Report on the working of the mental hospitals for Indians in Bihar and Orissa - 1925-1929
Year: 1925
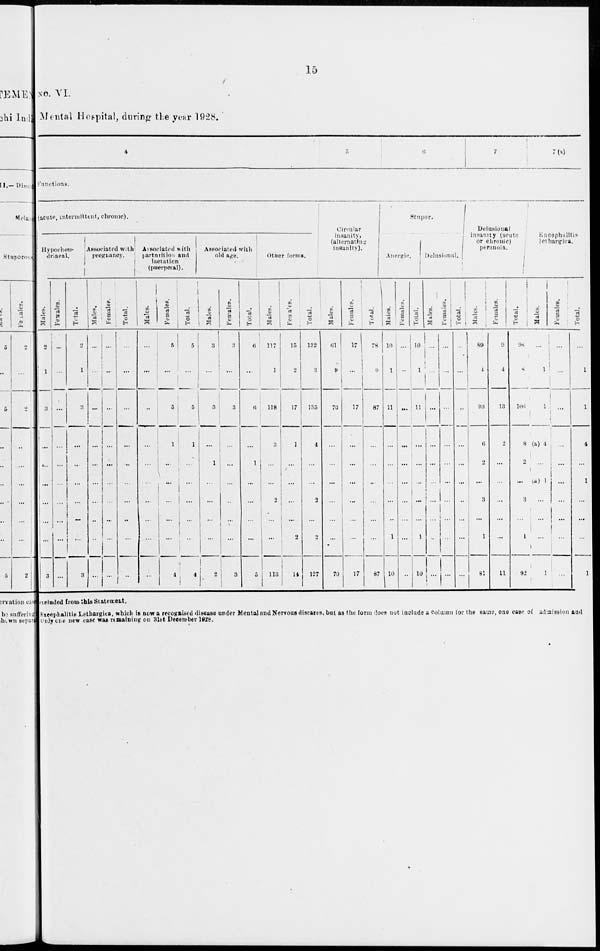
15
No. VI.
Mental Hospital, during the year 1928.
4
5
6
7
7(a)
Functions.
(acute, intermittent, chronic).
Hypochon¬
driacal.
Males.
2
1
3
...
...
...
...
...
...
3
Females.
...
...
...
...
...
...
...
...
...
...
Total.
2
1
3
...
...
...
...
...
...
3
Associated with
pregnancy.
Males.
...
...
...
...
...
...
...
...
...
...
Females.
...
...
...
...
...
...
...
...
...
...
Total.
...
...
...
...
...
...
...
...
...
...
Associated with
parturition and
lactation
(puerperal).
Males.
...
...
...
...
...
...
...
...
...
...
Females.
5
...
5
1
...
...
...
...
...
4
Total.
5
...
5
1
...
...
...
...
...
4
Associated with
old age.
Males.
3
...
3
...
1
...
...
...
...
2
Females.
3
...
3
...
...
...
...
...
...
3
Total.
6
...
6
...
1
...
...
...
...
5
Other forms.
Males.
117
1
118
3
...
...
2
...
...
113
Females.
15
2
17
1
...
...
...
...
2
14
Total.
132
3
135
4
...
...
2
...
2
127
Circular
insanity,
(alternating
insanity).
Male.
61
9
70
...
...
...
...
...
...
70
Females.
17
...
17
...
...
...
...
...
...
17
Total.
78
9
87
...
...
...
...
...
...
87
Stupor.
Anergic.
Males.
10
1
11
...
...
...
...
...
1
10
Females.
...
...
...
...
...
...
...
...
...
...
Total.
10
1
11
...
...
...
...
...
1
10
Delusional.
Males.
...
...
...
...
...
...
...
...
...
...
Females.
...
...
...
...
...
...
...
...
...
...
Total.
...
...
...
...
...
...
...
...
...
...
Delusional
insanity (acute
or chronic)
peranoia.
Males.
89
4
93
6
2
...
3
...
1
81
Females.
9
4
13
2
...
...
...
...
...
11
Total.
98
8
106
8
2
...
3
...
1
92
Encephalitis
lethargiea.
Males.
...
1
1
(a) 4
...
(a) 1
...
...
...
1
Females.
...
...
...
...
...
...
...
...
...
...
Total.
...
1
1
4
...
1
...
...
...
1
excluded from this Statement.
Encephalitis Lethargica, which is now a recognised disease under Mental and Nervous diseases, but as the form does not include a Column for the same, one case of admission and
Only one new case was remaining on 31st December 1928.